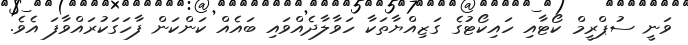
ވަނީ ސުޕްރީމް ކޯޓާއި ހައިކޯޓުގެ ގަޒިއްޔާތަކާ ހަވާލާދެއްވައި ބައެއް ކަންކަން ފާހަގަކުރައްވާފަ އެވެ.